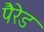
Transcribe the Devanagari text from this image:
पैरेड